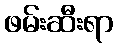
ဖမ်းဆီးရာ